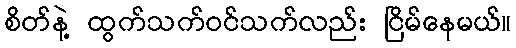
စိတ်နဲ့ ထွက်သက်ဝင်သက်လည်း ငြိမ်နေမယ်။